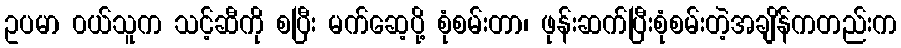
ဥပမာ ၀ယ်သူက သင့်ဆီကို စပြီး မက်ဆေ့ပို့ စုံစမ်းတာ၊ ဖုန်းဆက်ပြီးစုံစမ်းတဲ့အချိန်ကတည်းက